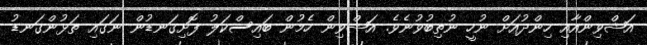
އަޝްވިންއާއި ހިންދުއަށް ނުހީ ނުތިބުވުނެވެ. އަޝްވިން ހެމުން ބައިސްކަލު ފޮށިގަނޑުން ނަގައި ތަޅުންގަނޑު